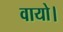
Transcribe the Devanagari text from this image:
वायो।